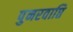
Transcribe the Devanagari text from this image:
पुनरवाप्ति